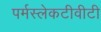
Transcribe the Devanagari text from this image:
पर्मस्लेकटीवीटी